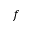
f